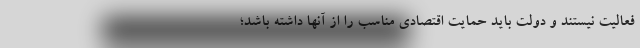
فعالیت نیستند و دولت باید حمایت اقتصادی مناسب را از آنها داشته باشد؛